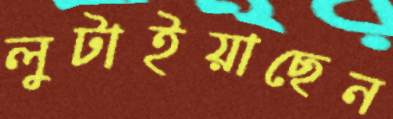
লুটাইয়াছেন